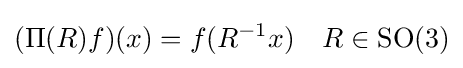
(\Pi (R)f)(x)=f(R^{-1}x)\quad R\in \operatorname {SO} (3)